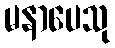
မနာပေသု